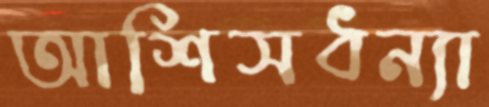
আশিসধন্যা